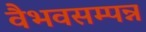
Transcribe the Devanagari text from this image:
वैभवसम्पन्न